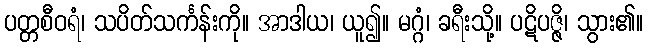
ပတ္တစီဝရံ၊ သပိတ်သင်္ကန်းကို။ အာဒါယ၊ ယူ၍။ မဂ္ဂံ၊ ခရီးသို့။ ပဋိပဇ္ဇိ၊ သွား၏။